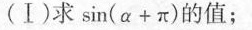
(Ⅰ)求sin(α+π)的值；